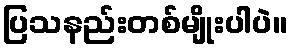
ပြသနည်းတစ်မျိုးပါပဲ။